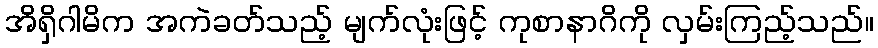
အိရှိဂါမိက အကဲခတ်သည့် မျက်လုံးဖြင့် ကုစာနာဂိကို လှမ်းကြည့်သည်။